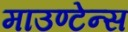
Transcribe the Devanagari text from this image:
माउण्टेन्स